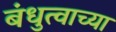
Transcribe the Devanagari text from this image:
बंधुत्वाच्या